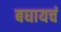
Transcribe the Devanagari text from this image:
बघायचं